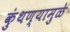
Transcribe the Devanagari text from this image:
कुंथण्यामुळे